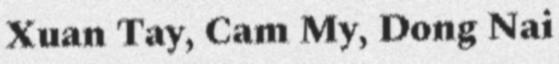
Xuan Tay, Cam My, Dong Nai